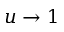
u \to 1